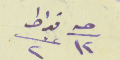
حـبه ١٢ قيراط عدد ٢